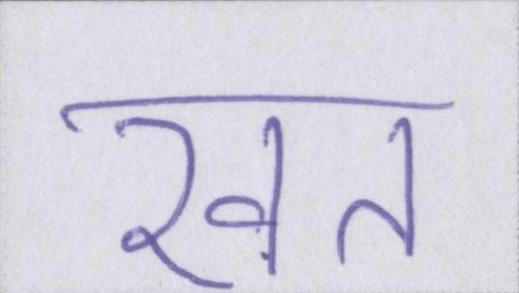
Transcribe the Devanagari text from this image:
खत